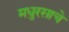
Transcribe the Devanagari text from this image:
मधुरसाचे